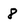
Character: 8